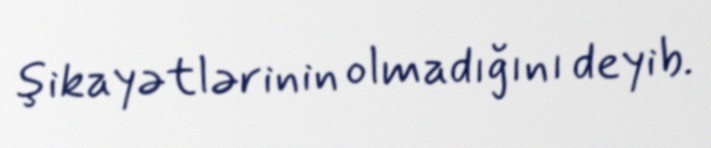
şikayətlərinin olmadığını deyib.